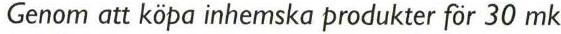
Genom att köpa inhemska produkter för 30 mk